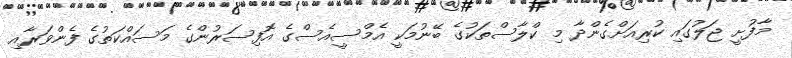
މާފުށީ ޖަލުގައި ކުރިއަށްގެންދާ މި ކްލާސްތަކުގެ ބޭނުމަކީ އެމްސީއެސްގެ އޮފިސަރުންގެ މަސައްކަތުގެ ފެންވަރާއި